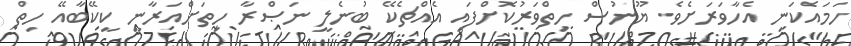
ހަމައެކަނި އެހާވަރަށެވެ. ޔޫނުސް ހިތްވަރުކޮށްފައި އެއްޗެކޭ ބުނެލީ ނަޞްރާ ހިތަށްއަރާނީ ކީކޭބާއޭ ހިތް